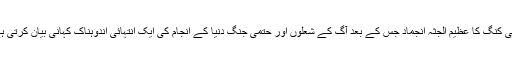
وائی کنگ کا عظیم الجثہ انجماد جس کے بعد آگ کے شعلوں اور حتمی جنگ دنیا کے انجام کی ایک انتہائی اندوہناک کہانی بیان کرتی ہے۔